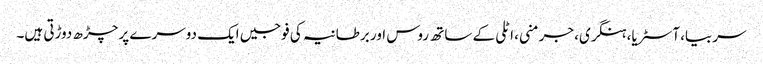
سربیا، آسٹریا، ہنگری، جرمنی، اٹلی کے ساتھ روس اور برطانیہ کی فوجیں ایک دوسرے پر چڑھ دوڑتی ہیں۔